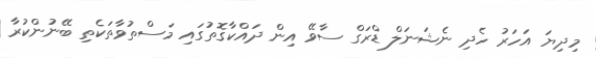
މިދިޔަ އަހަރު ހެދި ނެޝަނަލް ޑްރަގް ސާވޭ އިން ދައްކާގޮތުގައި މަސްތުވާތަކެތި ބޭނުންކުރާ